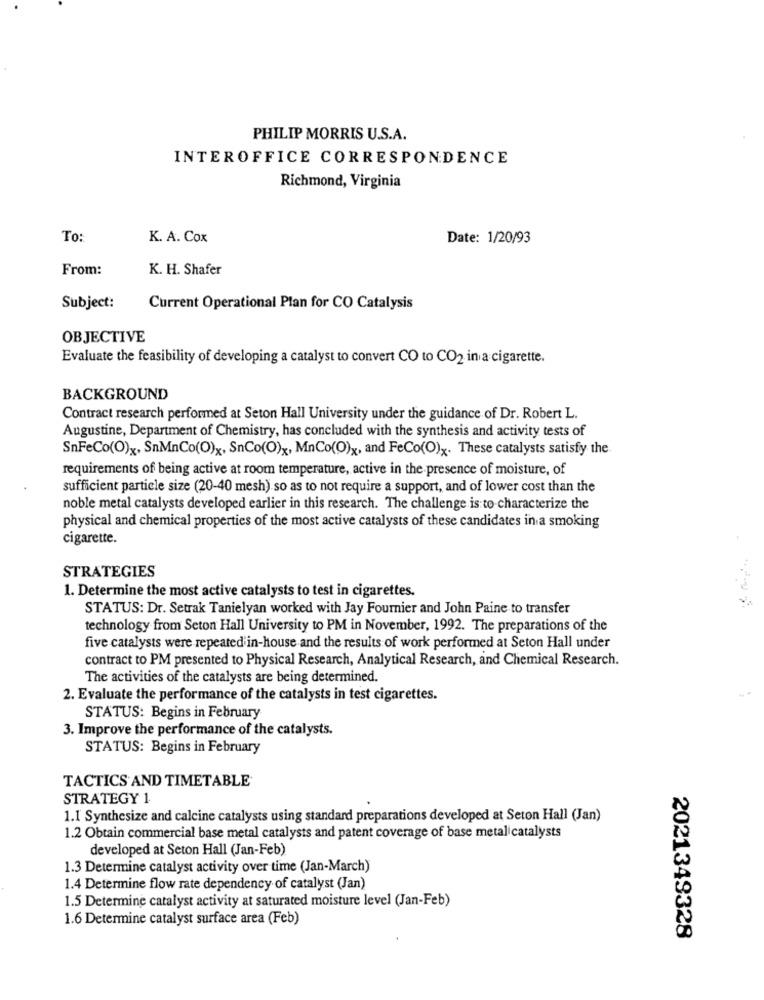
PHILIP MORRIS U.S.A.
INTEROFFICE CORRESPONDENCE
Richmond, Virginia
To:
K. A. Cox
Date: 1/20/93
From:
K. H. Shafer
Subject:
Current Operational Plan for CO Catalysis
OBJECTIVE
Evaluate the feasibility of developing a catalyst to convert CO to CO2 in a cigarette.
BACKGROUND
Contract research performed at Seton Hall University under the guidance of Dr. Robert L.
Augustine, Department of Chemistry, has concluded with the synthesis and activity tests of
SnFeCo(O)x, SnMnCo(O)x, SnCo(O)x, MnCo(O)x, and FeCo(O)x. These catalysts satisfy the
requirements of being active at room temperature, active in the presence of moisture, of
sufficient particle size (20-40 mesh) so as to not require a support, and of lower cost than the
noble metal catalysts developed earlier in this research. The challenge is to-characterize the
physical and chemical properties of the most active catalysts of these candidates in a smoking
cigarette.
STRATEGIES
1. Determine the most active catalysts to test in cigarettes.
STATUS: Dr. Setrak Tanielyan worked with Jay Fournier and John Paine to transfer
technology from Seton Hall University to PM in November, 1992. The preparations of the
five catalysts were repeated'in-house and the results of work performed at Seton Hall under
contract to PM presented to Physical Research, Analytical Research, and Chemical Research.
The activities of the catalysts are being determined.
2. Evaluate the performance of the catalysts in test cigarettes.
STATUS: Begins in February
3. Improve the performance of the catalysts.
STATUS: Begins in February
TACTICS AND TIMETABLE
STRATEGY 1
1.1 Synthesize and calcine catalysts using standard preparations developed at Seton Hall (Jan)
1.2 Obtain commercial base metal catalysts and patent coverage of base metal catalysts
developed at Seton Hall (Jan-Feb)
1.3 Determine catalyst activity over time (Jan-March)
1.4 Determine flow rate dependency of catalyst (Jan)
1.5 Determine catalyst activity at saturated moisture level (Jan-Feb)
1.6 Determine catalyst surface area (Feb)
2021349328